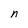
Character: n